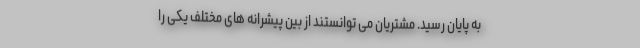
به پایان رسید. مشتریان می توانستند از بین پیشرانه های مختلف یکی را